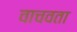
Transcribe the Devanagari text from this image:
वाचवता